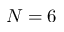
N = 6